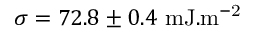
\sigma = 7 2 . 8 \pm 0 . 4 ~ \mathrm { m J . m ^ { - 2 } }